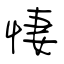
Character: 悽